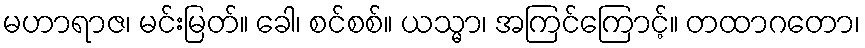
မဟာရာဇ၊ မင်းမြတ်။ ခေါ၊ စင်စစ်။ ယသ္မာ၊ အကြင်ကြောင့်။ တထာဂတော၊